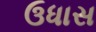
ઉધાસ